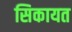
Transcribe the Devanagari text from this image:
सिकायत